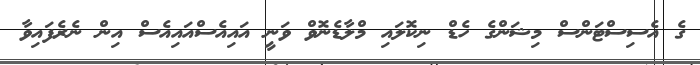
ގެ އެސިސްޓަންސް މިޝަންގެ ހެޑް ނިކޮލައި މްލާޑެނޮވް ވަނީ އައިއެސްއައިއެސް އިން ނެރެފައިވާ